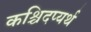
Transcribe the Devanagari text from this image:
कश्चिदप्यर्थ